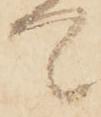
て